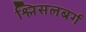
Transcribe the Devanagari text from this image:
श्लिसलबर्ग